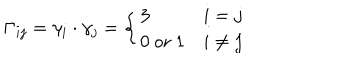
\Gamma _ { i j } = \gamma _ { i } \cdot \gamma _ { j } = \left\{ \begin{array} { l l } { { 3 } } & { { i = j } } \\ { { 0 \textrm { o r } 1 } } & { { i \ne j } } \\ \end{array} \right.